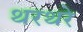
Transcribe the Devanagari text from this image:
थरथरे